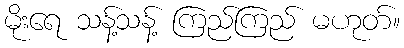
မိုးရေ သန့်သန့် ကြည်ကြည် မဟုတ်။